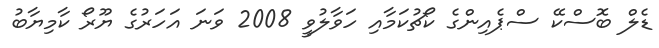
ޑެލް ބޮސްކޭ ސްޕެއިންގެ ކޯޗުކަމާއި ހަވާލުވީ 2008 ވަނަ އަހަރުގެ ޔޫރޯ ކާމިޔާބު